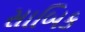
સાબિક